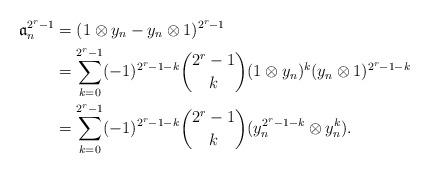
LaTeX: \begin{align*}\mathfrak{a}_n^{2^r-1} &= (1 \otimes y_n- y_n \otimes 1) ^{2^r-1} \\&= \sum_{k=0}^{2^r-1} (-1)^{2^r-1-k} \binom{2^r-1}{k} (1 \otimes y_n)^k (y_n \otimes 1)^{2^r-1-k} \\&= \sum_{k=0}^{2^r-1} (-1)^{2^r-1-k} \binom{2^r-1}{k} (y_n^{2^r-1-k} \otimes y_n^k).\end{align*}